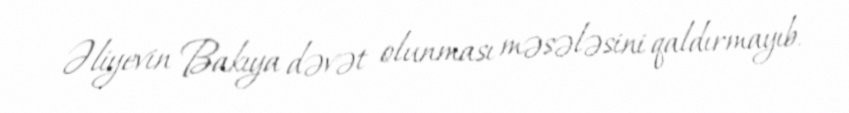
Əliyevin Bakıya dəvət olunması məsələsini qaldırmayıb.